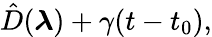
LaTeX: \hat{D}(\boldsymbol{\lambda})+\gamma(t-t_{0}),